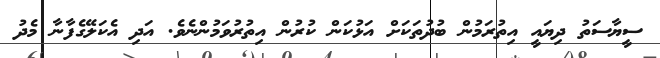
ސީޔާސަތު ދިޔައީ އިތުރަމުން ބުދުތަކަށް އަޅުކަން ކުރުން އިތުރުވަމުންނެވެ. އަދި އެކަލޭގެފާނާ މެދު